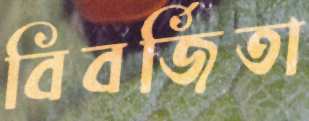
বিবর্জিতা